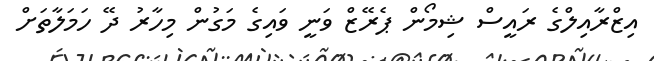
އިޒްރާއިލްގެ ރައީސް ޝިމޯން ޕެރޭޒް ވަނީ ވައިގެ މަގުން މިހާރު ދޭ ހަމަލާތަށް